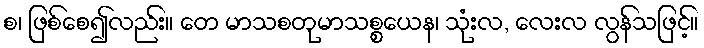
စ၊ ဖြစ်စေ၍လည်း။ တေ မာသစတုမာသစ္စယေန၊ သုံးလ, လေးလ လွန်သဖြင့်။